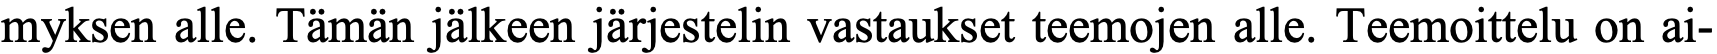
myksen alle. Tämän jälkeen järjestelin vastaukset teemojen alle. Teemoittelu on ai-